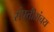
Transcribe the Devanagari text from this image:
संपत्तीसंचय